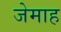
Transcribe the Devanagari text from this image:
जेमाह